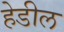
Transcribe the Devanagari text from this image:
हेडील